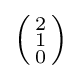
\left({\begin{smallmatrix}2\\1\\0\end{smallmatrix}}\right)